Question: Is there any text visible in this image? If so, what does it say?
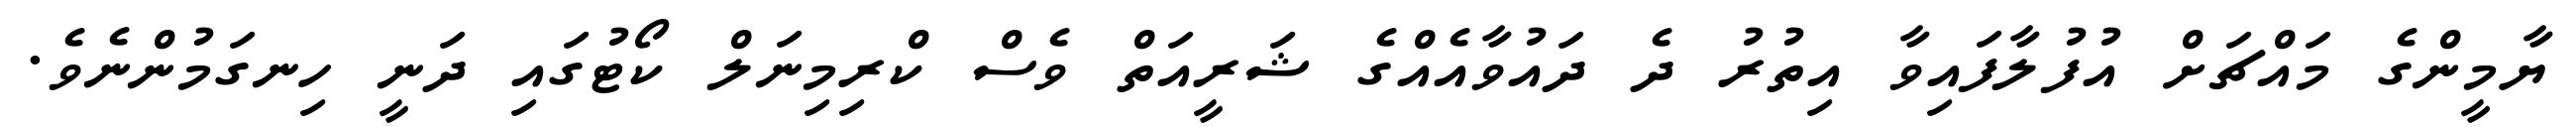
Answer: ޔާމީންގެ މައްޗަށް އުފުލާފައިވާ އިތުރު ދެ ދައުވާއެއްގެ ޝަރީއަތް ވެސް ކްރިމިނަލް ކޯޓުގައި ދަނީ ހިނގަމުންނެވެ.